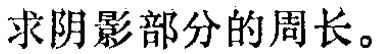
求阴影部分的周长。